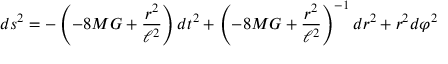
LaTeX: d s ^ { 2 } = - \left( - 8 M G + \frac { r ^ { 2 } } { \ell ^ { 2 } } \right) d t ^ { 2 } + \left( - 8 M G + \frac { r ^ { 2 } } { \ell ^ { 2 } } \right) ^ { - 1 } d r ^ { 2 } + r ^ { 2 } d \varphi ^ { 2 }